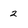
Character: 2